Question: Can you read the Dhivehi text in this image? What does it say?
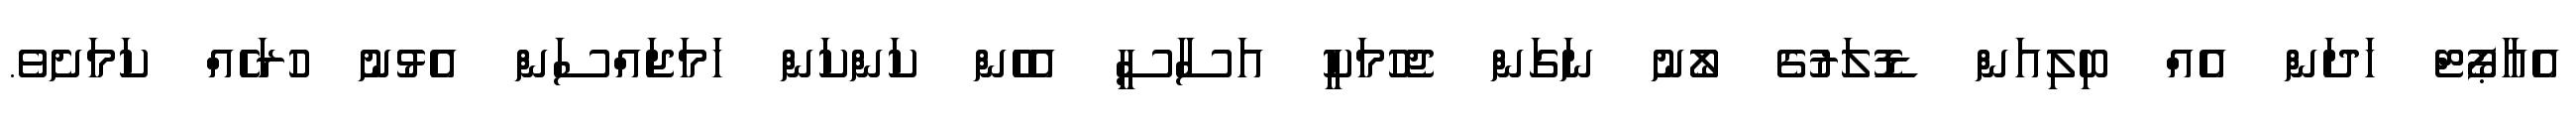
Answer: އެއާޕޯޓް ހަދަން އެއް ބިލިއަން ޑޮލަރުގެ ލޯނު ނަގަން ޖެހުމަކީ އަސާސީ އެހެން ކަންކަން ހަމަޖައްސަން އެޅުނު ހުރަހެއް ކަމަށެވެ.